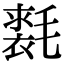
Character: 𣰐